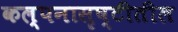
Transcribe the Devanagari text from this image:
कल्पनासृष्टीतील